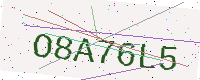
Text: O8A76L5